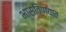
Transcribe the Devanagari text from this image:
भासविण्यात